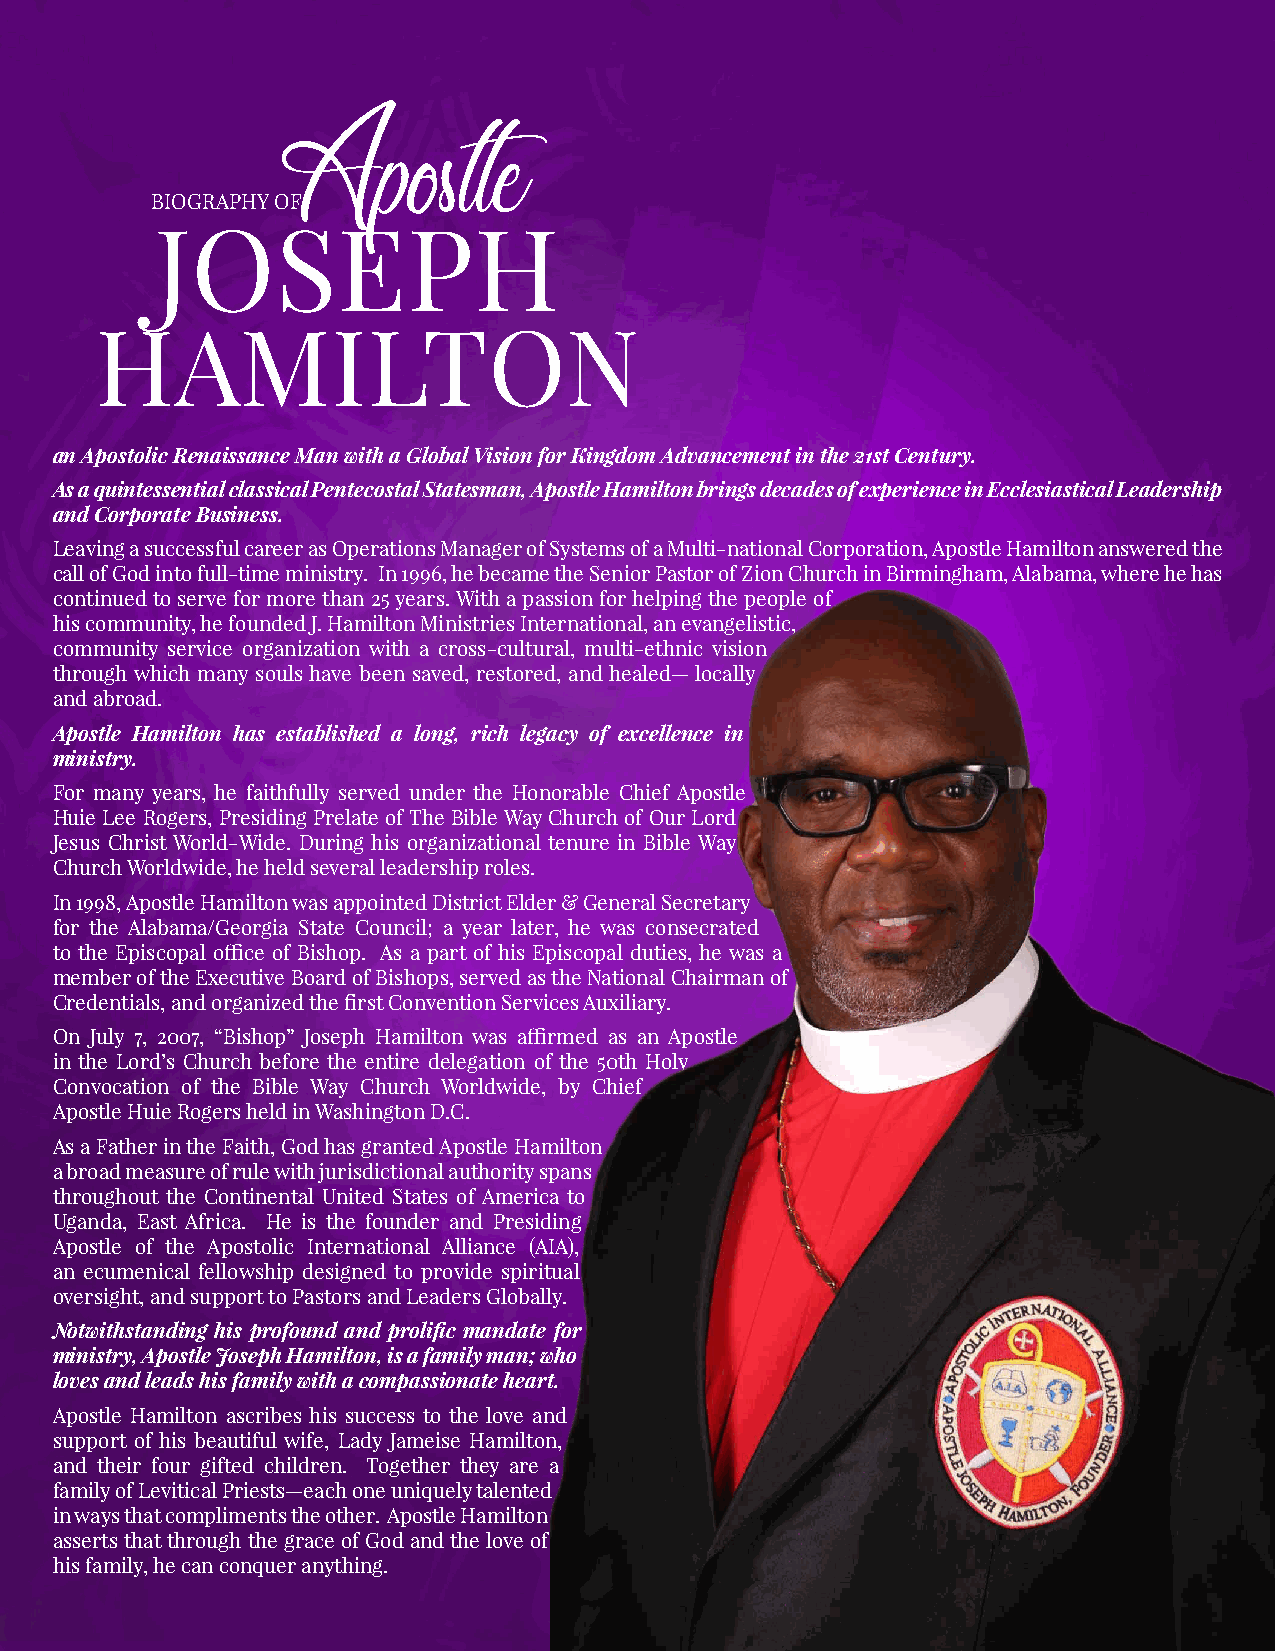
Apostle
 BIOGRAPHY OF
 JOSEPH
 HAMILTON
 an Apostolic Renaissance Man with a Global Vision for Kingdom Advancement in the 21st Century.
 As a quintessential classical Pentecostal Statesman, Apostle Hamilton brings decades of experience in Ecclesiastical Leadership
 and Corporate Business.
 Leaving a successful career as Operations Manager of Systems of a Multi-national Corporation, Apostle Hamilton answered the
 call of God into full-time ministry. In 1996, he became the Senior Pastor of Zion Church in Birmingham, Alabama, where he has
 continued to serve for more than 25 years. With a passion for helping the people of
 his community, he founded J. Hamilton Ministries International, an evangelistic,
 community service organization with a cross-cultural, multi-ethnic vision
 through which many souls have been saved, restored, and healed — locally
 and abroad.
 Apostle Hamilton has established a long, rich legacy of excellence in
 ministry.
 For many years, he faithfully served under the Honorable Chief Apostle
 Huie Lee Rogers, Presiding Prelate of The Bible Way Church of Our Lord
 Jesus Christ World-Wide. During his organizational tenure in Bible Way
 Church Worldwide, he held several leadership roles.
 In 1998, Apostle Hamilton was appointed District Elder & General Secretary
 for the Alabama/Georgia State Council; a year later, he was consecrated
 to the Episcopal office of Bishop. As a part of his Episcopal duties, he was a
 member of the Executive Board of Bishops, served as the National Chairman of
 Credentials, and organized the first Convention Services Auxiliary.
 On July 7, 2007, “Bishop” Joseph Hamilton was affirmed as an Apostle
 in the Lord’s Church before the entire delegation of the 50th Holy
 Convocation of the Bible Way Church Worldwide, by Chief
 Apostle Huie Rogers held in Washington D.C.
 As a Father in the Faith, God has granted Apostle Hamilton
 a broad measure of rule with jurisdictional authority spans
 throughout the Continental United States of America to
 Uganda, East Africa. He is the founder and Presiding
 Apostle of the Apostolic International Alliance (AIA),
 an ecumenical fellowship designed to provide spiritual
 oversight, and support to Pastors and Leaders Globally.
 Notwithstanding his profound and prolific mandate for
 ministry, Apostle Joseph Hamilton, is a family man; who
 loves and leads his family with a compassionate heart.
 Apostle Hamilton ascribes his success to the love and
 support of his beautiful wife, Lady Jameise Hamilton,
 and their four gifted children. Together they are a
 family of Levitical Priests—each one uniquely talented
 in ways that compliments the other. Apostle Hamilton
 asserts that through the grace of God and the love of
 his family, he can conquer anything.